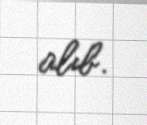
alıb.